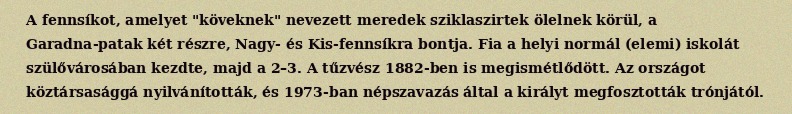
A fennsíkot, amelyet "köveknek" nevezett meredek sziklaszirtek ölelnek körül, a Garadna-patak két részre, Nagy- és Kis-fennsíkra bontja. Fia a helyi normál (elemi) iskolát szülővárosában kezdte, majd a 2–3. A tűzvész 1882-ben is megismétlődött. Az országot köztársasággá nyilvánították, és 1973-ban népszavazás által a királyt megfosztották trónjától.